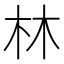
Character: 林